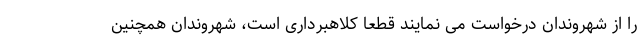
را از شهروندان درخواست می نمایند قطعا کلاهبرداری است، شهروندان همچنین